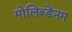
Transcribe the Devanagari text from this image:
मोलिब्डेंनम